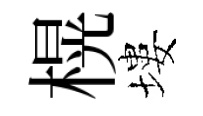
榥塿